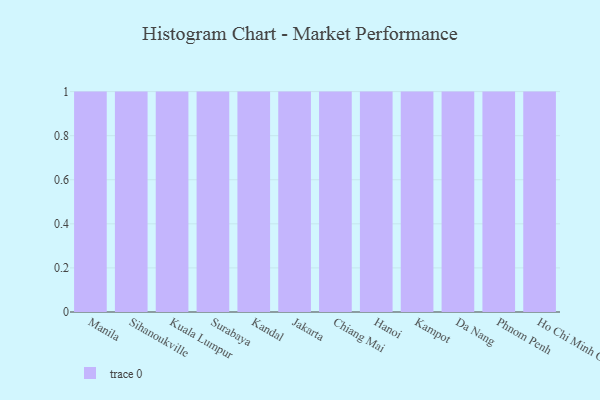
{"axis": {"x": "City", "y": "Tickets Resolved"}, "legend": [""], "data": [{"x": "Manila", "y": 48, "type": ""}, {"x": "Sihanoukville", "y": 22, "type": ""}, {"x": "Kuala Lumpur", "y": 49, "type": ""}, {"x": "Surabaya", "y": 47, "type": ""}, {"x": "Kandal", "y": 71, "type": ""}, {"x": "Jakarta", "y": 16, "type": ""}, {"x": "Chiang Mai", "y": 4, "type": ""}, {"x": "Hanoi", "y": 36, "type": ""}, {"x": "Kampot", "y": 73, "type": ""}, {"x": "Da Nang", "y": 4, "type": ""}, {"x": "Phnom Penh", "y": 84, "type": ""}, {"x": "Ho Chi Minh City", "y": 69, "type": ""}]}